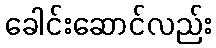
ခေါင်းဆောင်လည်း